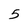
Character: 5